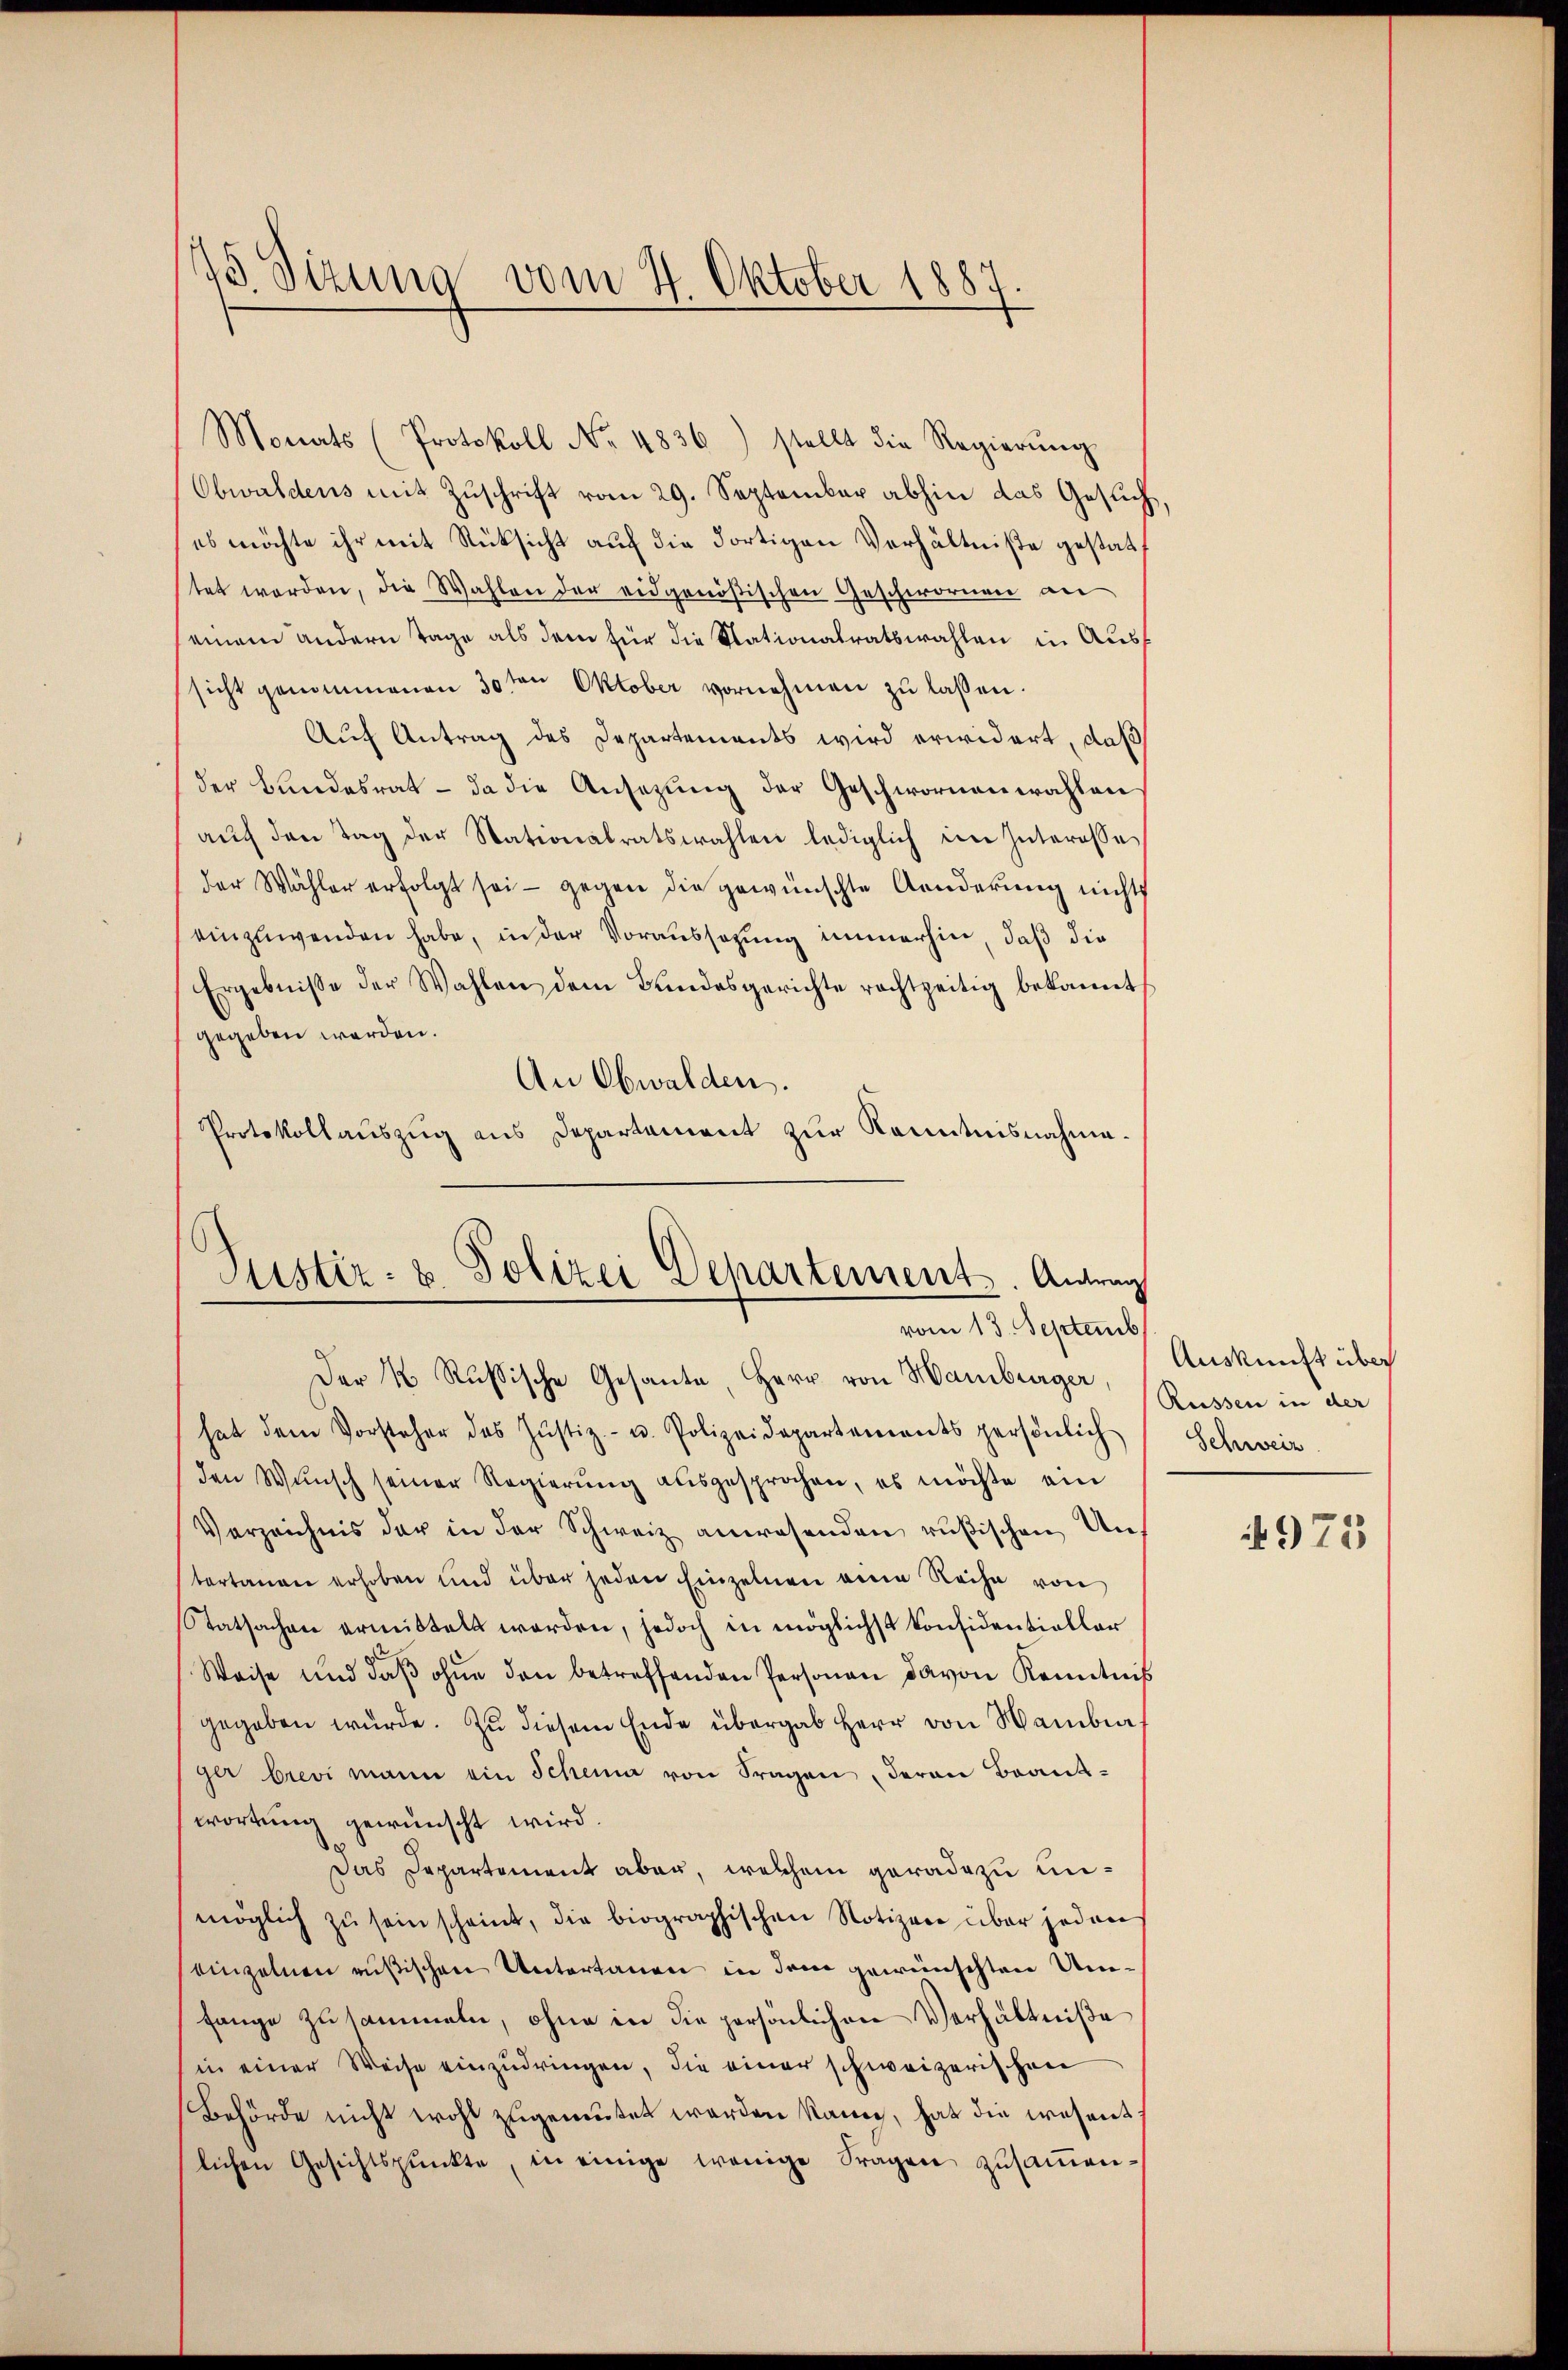
13. Sizung vom 4. Oktober 1887

Monats (Protokoll No 4836) stellt die Regierŭng
Obwaldens mit Zuschrift vom 29. September abhin das Gesuch,
es möchte ihr mit Rücksicht auf die Fortigen Verhältniße gestattet werden, die Wahlen der eidgenößischen Geschwornen an
einem andern Tage als dem für die Stationalratswahlen in Aussicht genommenen 30 ten Oktober vornehmen zu lassen.
Auf Antrag des Departements wird erwidert, daß
der Bundesrat - da die Ansezung der Geschwornenwahlen
aŭch den Tag der Stationalratswahlen lediglich im Interesse
der Wähler erfolgt sei - gegen die gewünschte Aenderung nichts
einzuwenden habe, in der Voraussagung immerhin, daß die
Ergebnisse der Wahlen dem Bundesgerichte rechtzeitig bekannt
gegeben werden.
An Obwalden.
Protokollauszug aus Departement zur Kenntnisnahme¬

Justiz- & Polizei Departement. Antrag
vom 13. Septemb

Der 4 Rußische Gesante, Herr von Hamburger, Russen in der
hat dem Vorsteher des Jŭstiz- u. Polizeidepartements persönlich
den Wunsch seiner Regierung ausgesprochen, es möchte ein
Verzeichnis der in der Schweiz anwesenden rußischen Untertanen erhoben und über jeden Einzelnen eine Reihe von
Statsachen ermittelt worden, jedoch in möglichst konsidentieller
Weise und daβ ohne den betreffenden Personen davon Kenntnis
gegeben würde. Zu diesem Ende übergab Herr von Hambur
ger brevi mann ein Schema von Fragen deren Beant-
wortung gewünscht wird.
Das Departement aber, welchem geradezu unmöglich zŭ sein scheint, die biographischen Notizen über jeden
einzelnen rußischen Untertanen in dem gewünschten Umfange zusammeln, ohne in die persönlichen Verhältniße
in einer Weise einzudringen, die einer schweizerischen
Behörde nicht wohl zugemutet werden kann, hat die wesent
lichen Gesichtspunkte, in einige wenige Fragen zusammen-

Auskunft über
Schweiz

972